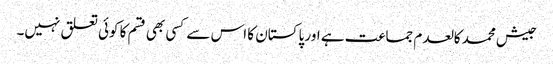
جیش محمد کالعدم جماعت ہے اور پاکستان کا اس سے کسی بھی قسم کا کوئی تعلق نہیں۔